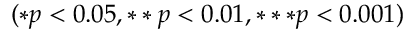
( * p < 0 . 0 5 , * * p < 0 . 0 1 , * * * p < 0 . 0 0 1 )